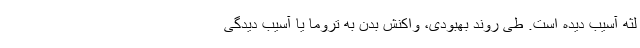
لثه آسیب دیده است. طی روند بهبودی، واکنش بدن به تروما یا آسیب دیدگی